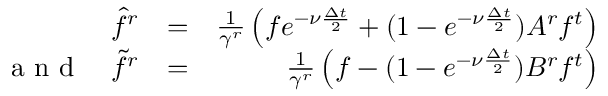
\begin{array} { r l r } { \hat { f } ^ { r } } & { = } & { \frac { 1 } { \gamma ^ { r } } \left( f e ^ { - \nu \frac { \Delta t } { 2 } } + ( 1 - e ^ { - \nu \frac { \Delta t } { 2 } } ) A ^ { r } f ^ { t } \right) } \\ { \textrm { a n d } \quad \widetilde { f } ^ { r } } & { = } & { \frac { 1 } { \gamma ^ { r } } \left( f - ( 1 - e ^ { - \nu \frac { \Delta t } { 2 } } ) B ^ { r } f ^ { t } \right) } \end{array}